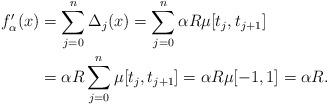
LaTeX: \begin{align*}f'_{\alpha}(x) &= \sum_{j=0}^{n}\Delta_j(x) = \sum_{j=0}^{n} \alpha R \mu[t_{j}, t_{j+1}] \\ &=\alpha R\sum_{j=0}^{n} \mu[t_{j}, t_{j+1}] = \alpha R \mu[-1,1]=\alpha R.\end{align*}